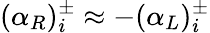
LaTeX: (\alpha_{R})_{i}^{\pm}\approx-(\alpha_{L})_{i}^{\pm}